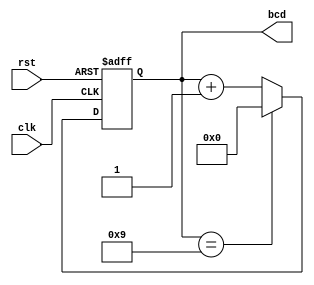
module BCD_Counter (
    input wire clk,        // Clock input
    input wire rst,        // Asynchronous reset input
    output reg [3:0] bcd   // 4-bit BCD output
);

// Always block triggered on the rising edge of the clock or when reset is asserted
always @(posedge clk or posedge rst) begin
    if (rst) begin
        // Asynchronous reset: set counter to 0
        bcd <= 4'b0000;
    end else begin
        // Increment logic
        if (bcd == 4'b1001) begin
            // If current state is 9, reset to 0
            bcd <= 4'b0000;
        end else begin
            // Increment the counter
            bcd <= bcd + 1;
        end
    end
end

endmodule